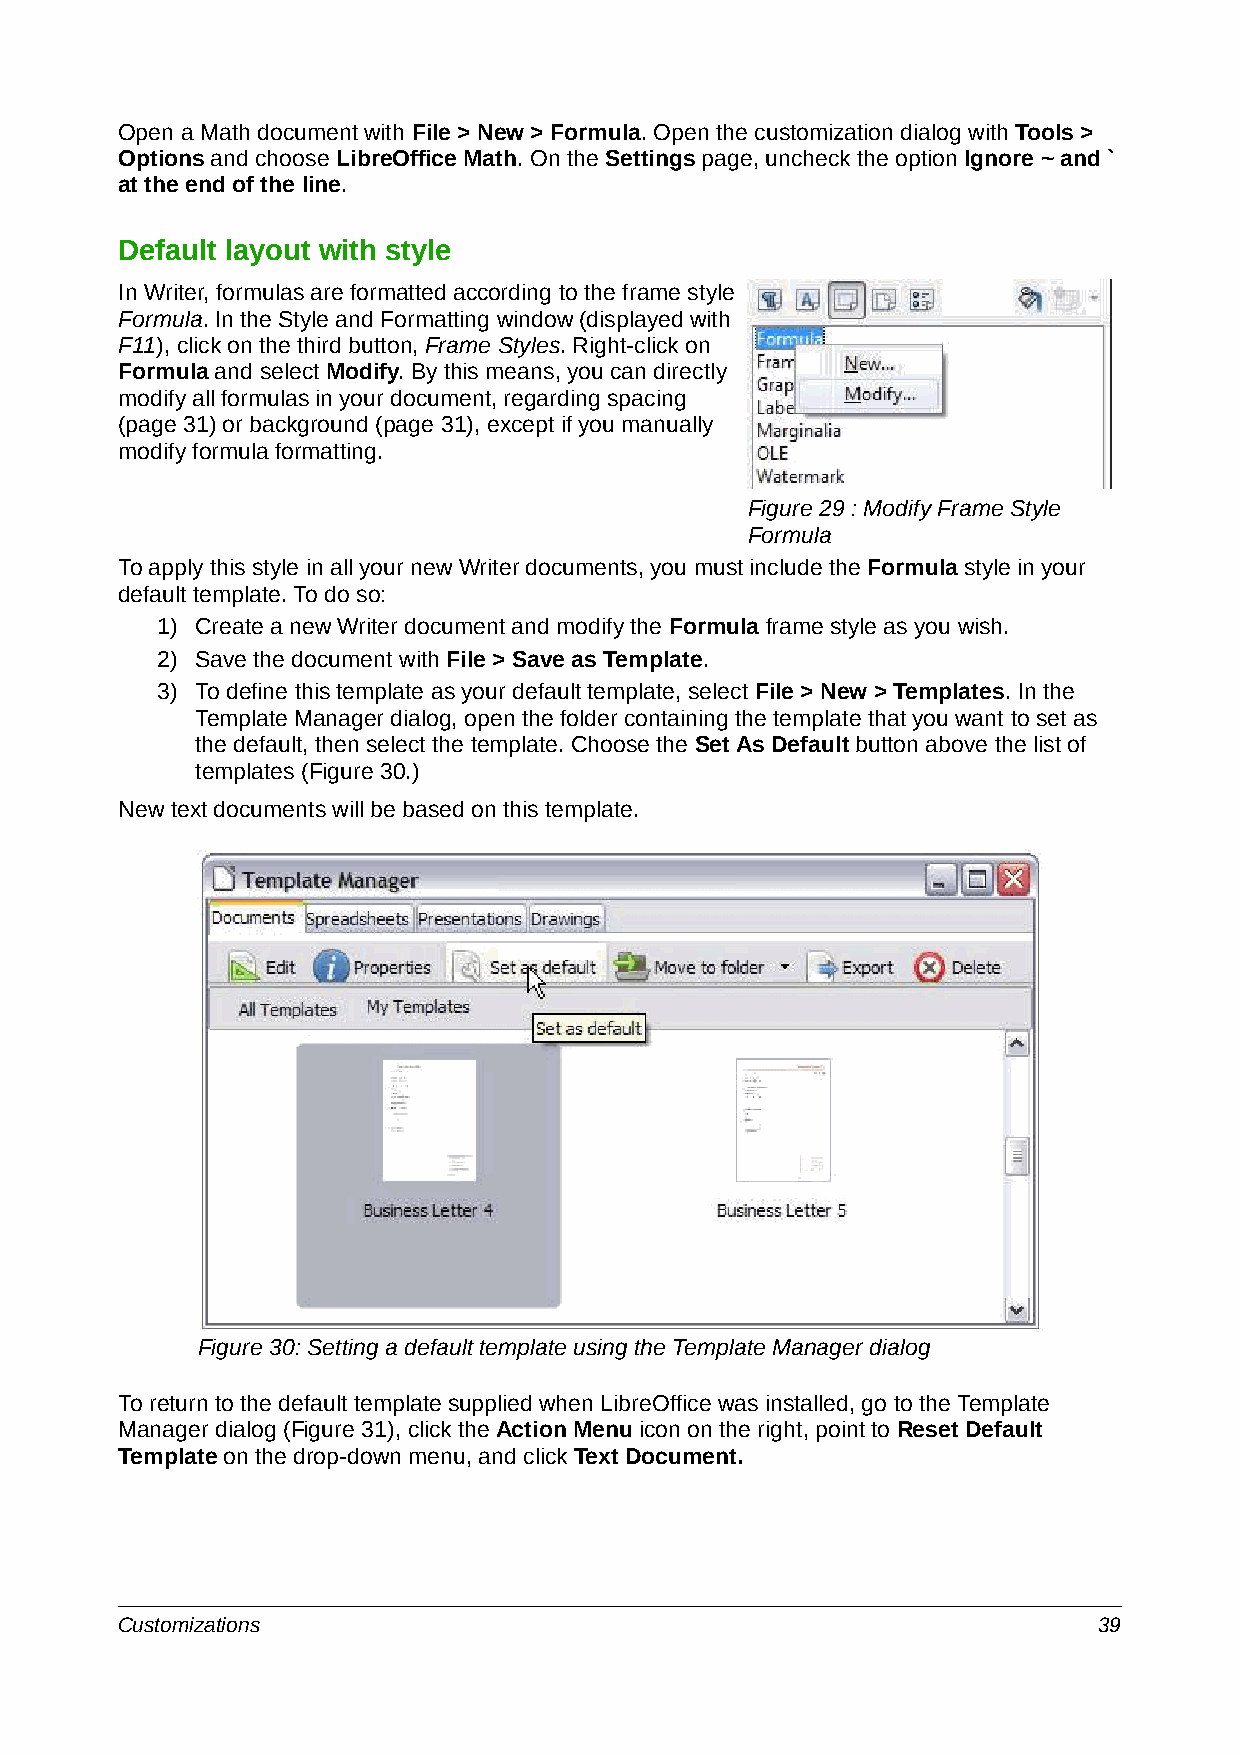
Open a Math document with File > New > Formula. Open the customization dialog with Tools >
 Options and choose LibreOffice Math. On the Settings page, uncheck the option Ignore ~ and `
 at the end of the line.
 Default layout with style
 In Writer, formulas are formatted according to the frame style
 Formula. In the Style and Formatting window (displayed with
 F11), click on the third button, Frame Styles. Right-click on
 Formula and select Modify. By this means, you can directly
 modify all formulas in your document, regarding spacing
 (page 31) or background (page 31), except if you manually
 modify formula formatting.
 Figure 29 : Modify Frame Style
 Formula
 To apply this style in all your new Writer documents, you must include the Formula style in your
 default template. To do so:
 1) Create a new Writer document and modify the Formula frame style as you wish.
 2) Save the document with File > Save as Template.
 3) To define this template as your default template, select File > New > Templates. In the
 Template Manager dialog, open the folder containing the template that you want to set as
 the default, then select the template. Choose the Set As Default button above the list of
 templates (Figure 30.)
 New text documents will be based on this template.
 Figure 30: Setting a default template using the Template Manager dialog
 To return to the default template supplied when LibreOffice was installed, go to the Template
 Manager dialog (Figure 31), click the Action Menu icon on the right, point to Reset Default
 Template on the drop-down menu, and click Text Document.
 Customizations                                                   39